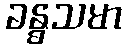
ခန္ဓသမာ